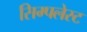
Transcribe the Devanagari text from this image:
सिम्पलेस्ट